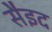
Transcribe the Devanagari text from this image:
सैइद